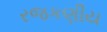
રજકણીય